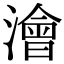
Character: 澮